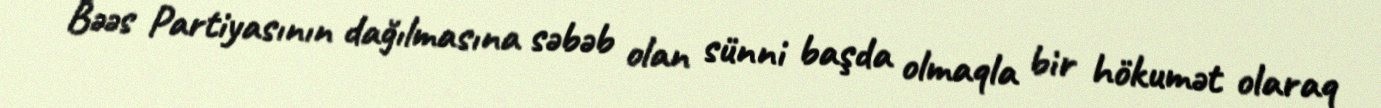
Bəəs Partiyasının dağılmasına səbəb olan sünni başda olmaqla bir hökumət olaraq